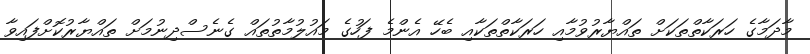
މާދަމާގެ ހަރަކާތްތަކަށް ތައްޔާރުވުމާއި ހަރަކާތްތަކާއި ބެހޭ އެންމެ ފަހުގެ މައުލުމާތުތައް ގެނެސްދިނުމަށް ތައްޔާރުކޮށްފައިވާ